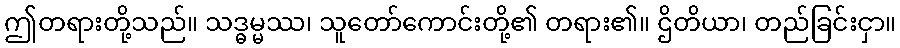
ဤတရားတို့သည်။ သဒ္ဓမ္မဿ၊ သူတော်ကောင်းတို့၏ တရား၏။ ဌိတိယာ၊ တည်ခြင်းငှာ။